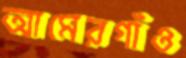
আমেরগাঁও